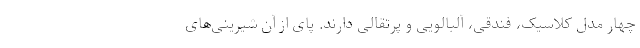
چهار مدل کلاسیک، فندقی، آلبالویی و پرتقالی دارند. پای از آن شیرینی‌های